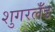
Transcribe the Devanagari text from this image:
शुगरलँड